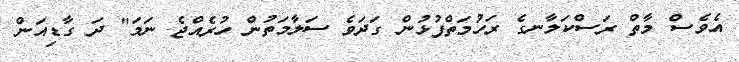
އެވެސް މާތް ރަސްކަލާނގެ ރަހުމަތްފުޅުން ގަދަވެ ސަލާމަތުން ހުރެއްޖެ ނަމަ" ދަ ގާޑިއަން